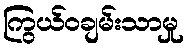
ကြွယ်ဝချမ်းသာမှု